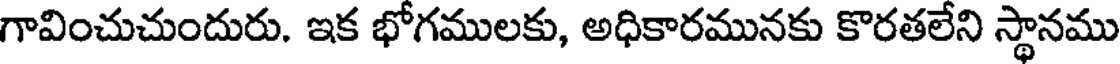
గావించుచుందురు. ఇక భోగములకు, అధికారమునకు కొరతలేని స్థానము